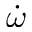
\dot { \omega }